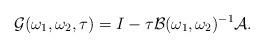
LaTeX: \begin{align*}\mathcal{G}(\omega_{1},\omega_{2},\tau)=I-\tau\mathcal{B}(\omega_{1},\omega_{2})^{-1}\mathcal{A}.\end{align*}